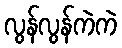
လွန်လွန်ကဲကဲ